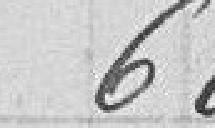
600